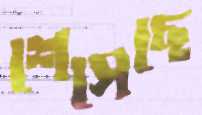
শেসেছে